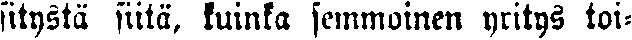
sitystä siitä, kuinka semmoinen yritys toi-